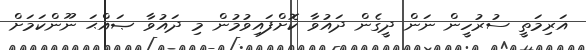
އަރިމަތީ ސުރުހީން ނަން ދީގެން ދައުވާ ކޮށްފައިވުމުން މި ދައުވާ ޞައްޙަ ނޫންކަމަށް